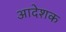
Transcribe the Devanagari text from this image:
आदेशक